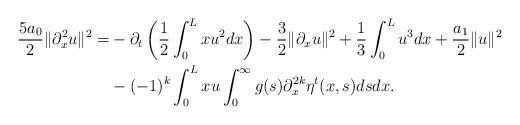
LaTeX: \begin{align*}\dfrac{5a_0}{2}\|\partial_x^2 u\|^2 =&-\partial_t\left(\dfrac{1}{2}\int_0^Lxu^2 dx\right)-\dfrac{3}{2}\|\partial_x u\|^2+\dfrac{1}{3}\int_0^Lu^3 dx+\dfrac{a_1}{2}\|u\|^2\\& -(-1)^k\int_0^Lxu\int_0^\infty g(s)\partial_x^{2k} \eta^t(x,s)ds dx.\end{align*}